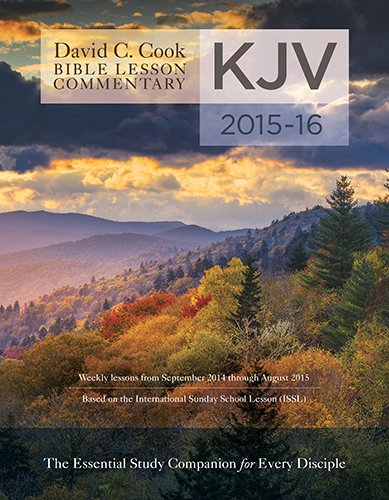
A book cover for David C. Cook's KJV Bible Lesson Commentary 2015-16: The Essential Study Companion for Every Disciple (Kjv International Bible Lesson Commentary); Dan Lioy PhD; Christian Books & Bibles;